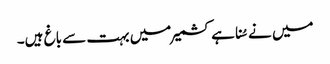
میں نے سُنا ہے کشمیر میں بہت سے باغ ہیں۔